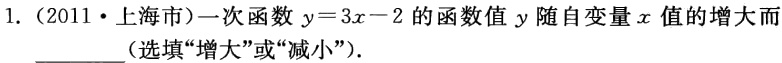
1.（2011·上海市）一次函数\(y = 3x - 2\)的函数值\(y\)随自变量\(x\)值的增大而________（选填“增大”或“减小”）.